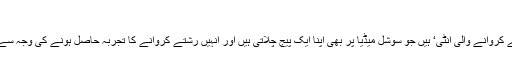
‘
سوشل میڈیا صارفین کے مطابق مسز خان ’رشتے کروانے والی آنٹی‘ ہیں جو سوشل میڈیا پر بھی اپنا ایک پیج چلاتی ہیں اور انہیں رشتے کروانے کا تجربہ حاصل ہونے کی وجہ سے ہی ٹی وی اینکرز اپنے پروگرام میں بلاتے ہیں۔